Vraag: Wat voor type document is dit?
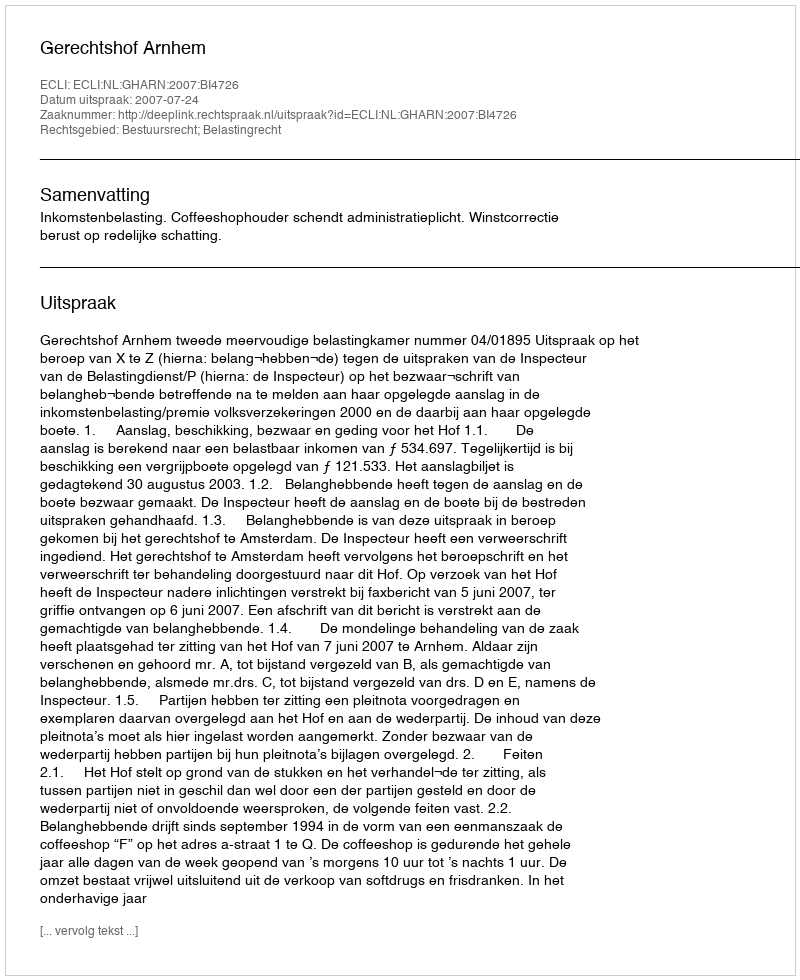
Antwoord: Uitspraak